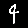
Digit: 4